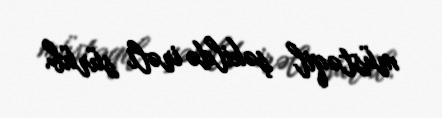
müstəqil şəkildə irəli sürüb.